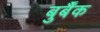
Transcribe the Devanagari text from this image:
बुर्बैंक